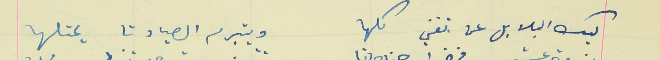
ليك البلابل عن تغني كلها                                      ويتبرم الصياد تا يحتلها